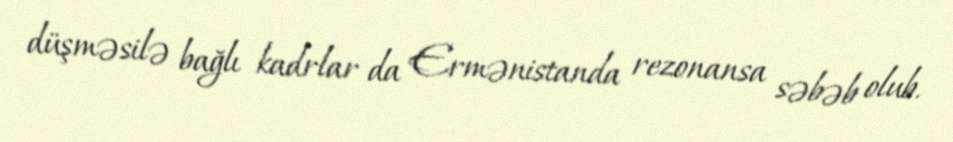
düşməsilə bağlı kadrlar da Ermənistanda rezonansa səbəb olub.